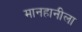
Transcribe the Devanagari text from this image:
मानहानीला